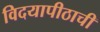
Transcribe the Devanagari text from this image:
विदयापीठाची